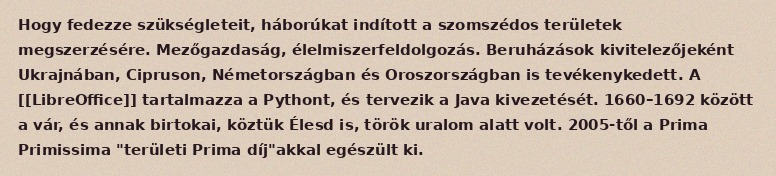
Hogy fedezze szükségleteit, háborúkat indított a szomszédos területek megszerzésére. Mezőgazdaság, élelmiszerfeldolgozás. Beruházások kivitelezőjeként Ukrajnában, Cipruson, Németországban és Oroszországban is tevékenykedett. A [[LibreOffice]] tartalmazza a Pythont, és tervezik a Java kivezetését. 1660–1692 között a vár, és annak birtokai, köztük Élesd is, török uralom alatt volt. 2005-től a Prima Primissima "területi Prima díj"akkal egészült ki.